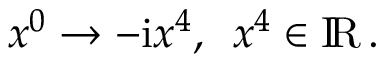
x ^ { 0 } \to - \mathrm { i } x ^ { 4 } , \enspace x ^ { 4 } \in \mathrm { I \! R } \, .